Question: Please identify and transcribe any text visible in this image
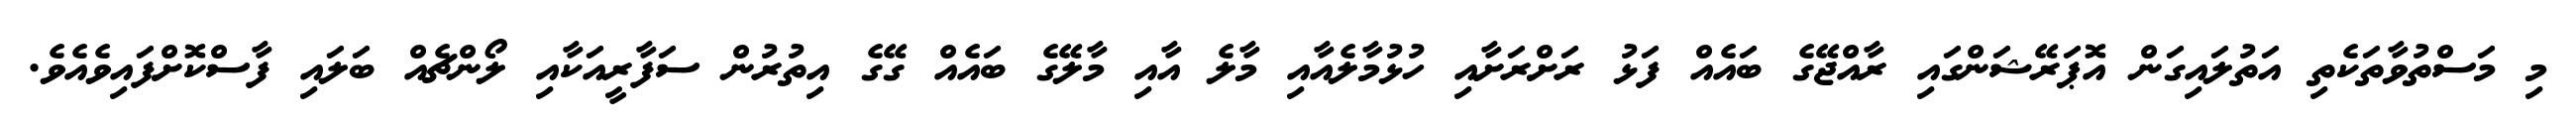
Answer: މި މަސްތުވާތަކެތި އަތުލައިގަން އޮޕަރޭޝަންގައި ރާއްޖޭގެ ބައެއް ފަޅު ރަށްރަށާއި ހުޅުމާލެއާއި މާލެ އާއި މާލޭގެ ބައެއް ގޭގެ އިތުރުން ސަފާރީއަކާއި ލޯންޗެއް ބަލައި ފާސްކޮށްފައިވެއެވެ.